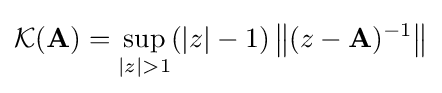
{\mathcal {K}}(\mathbf {A} )=\sup _{|z|>1}(|z|-1)\left\|(z-\mathbf {A} )^{-1}\right\|